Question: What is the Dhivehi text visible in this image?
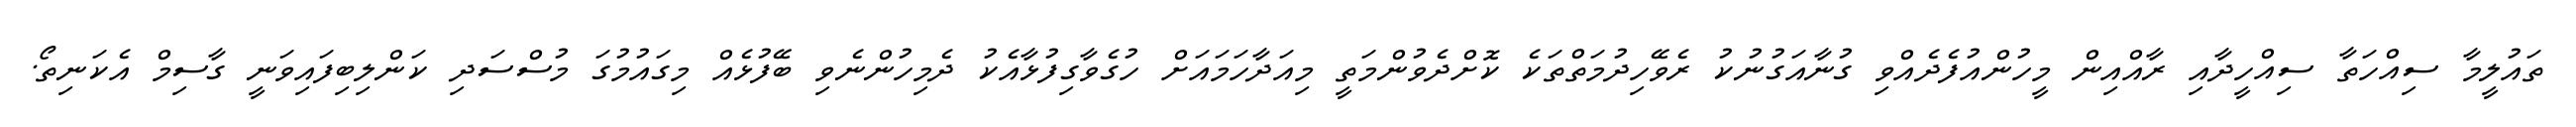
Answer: ތައުލީމާ ސިއްހަތާ ސިއްހީދާއި ރާއްއިން މީހުންއުފެދެއްވި ގުނާއަގުނުކު ރެވޭހިދުމަތްތަކެ ކޮށްދެވުންމަތީ މިއަދާހަމައަށް ހުގެވާގިފުޅާއެކު ދެމިހުންނެވި ބޭފުޅެއް މިގައުމުގަ މުސްސަދި ކަންލިބިފައިވަނީ ގާސިމް އެކަނިތޯ.